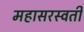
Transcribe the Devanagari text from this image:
महासरस्‍वती